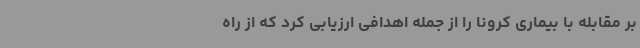
بر مقابله با بیماری کرونا را از جمله اهدافی ارزیابی کرد که از راه